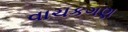
વાચકગણ